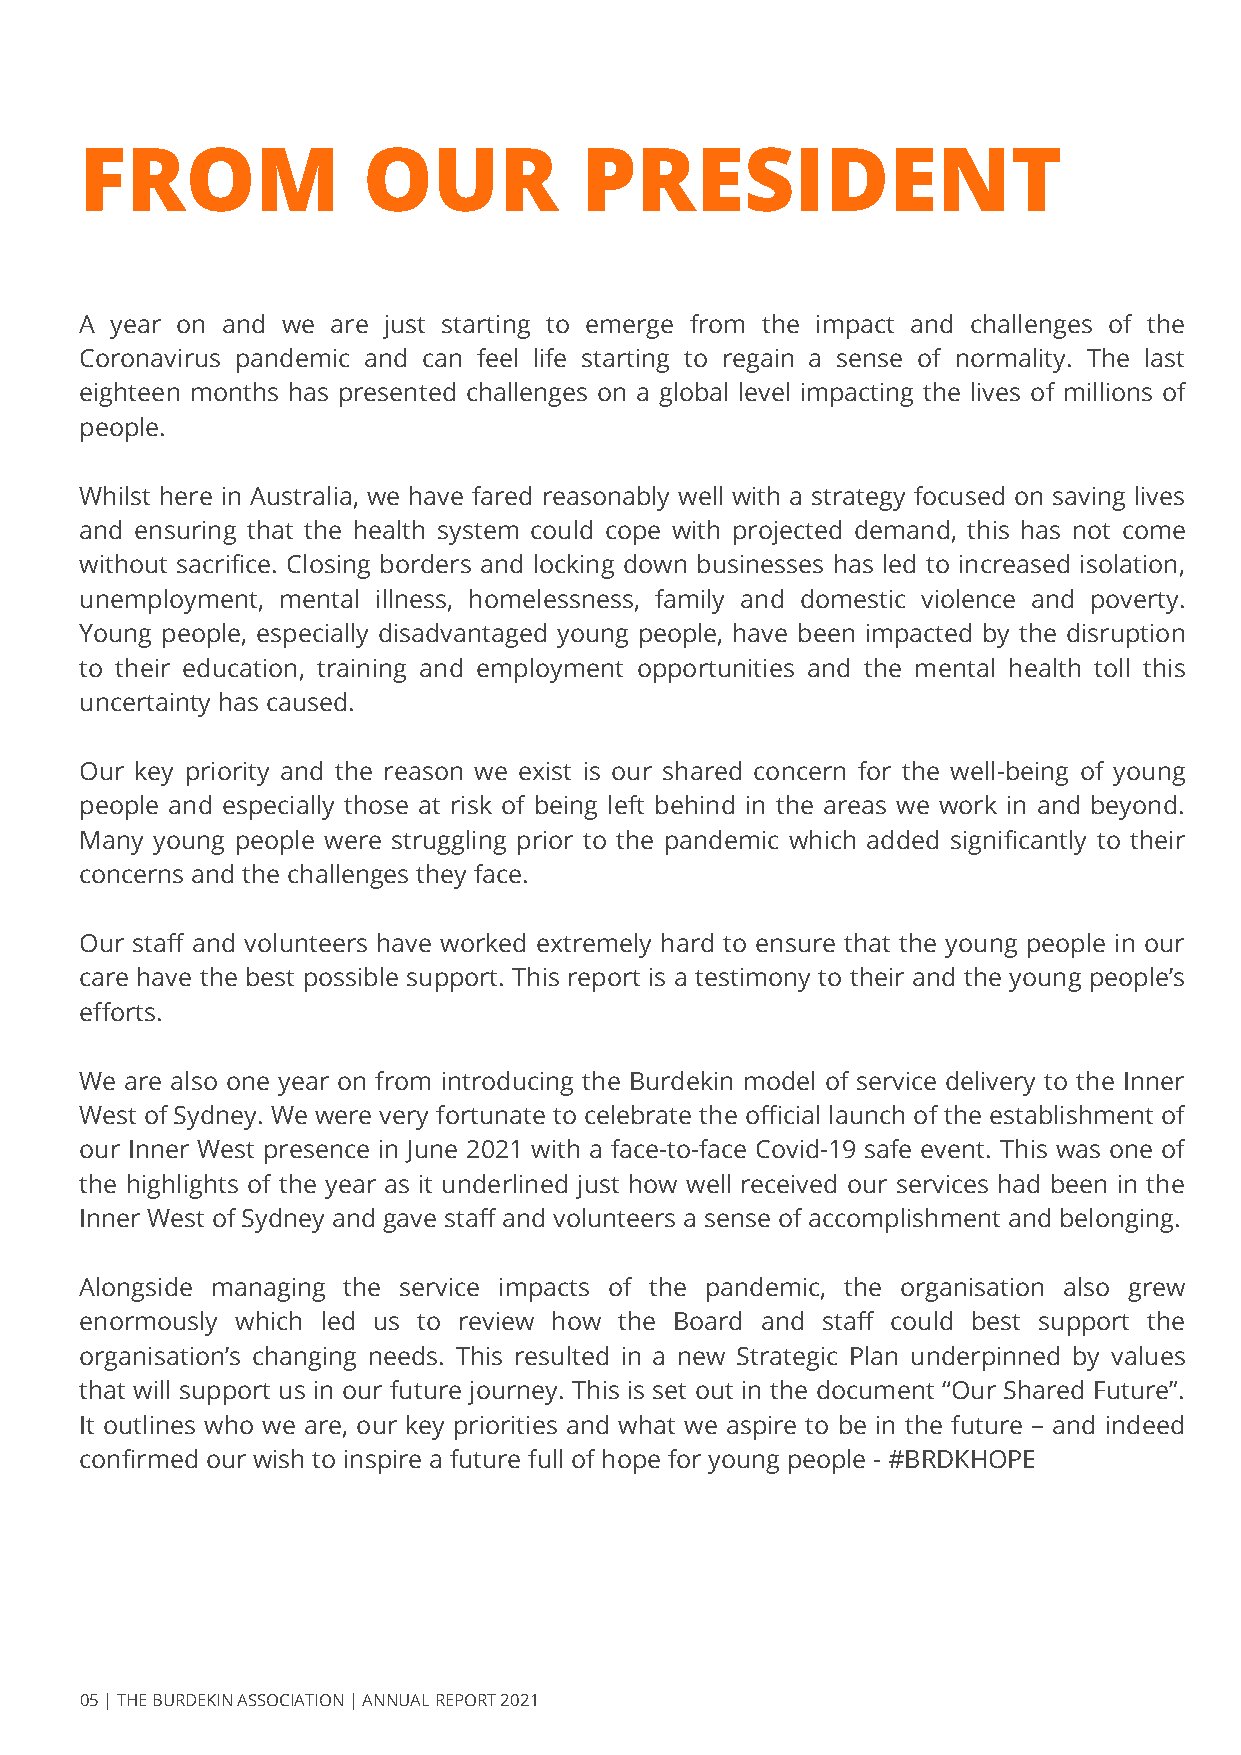
FROM               OUR           PRESIDENT
 A year on and we are just starting to emerge from the impact and challenges of the
 Coronavirus pandemic and can feel life starting to regain a sense of normality. The last
 eighteen months has presented challenges on a global level impacting the lives of millions of
 people.
 Whilst here in Australia, we have fared reasonably well with a strategy focused on saving lives
 and ensuring that the health system could cope with projected demand, this has not come
 without sacrifice. Closing borders and locking down businesses has led to increased isolation,
 unemployment, mental illness, homelessness, family and domestic violence and poverty.
 Young people, especially disadvantaged young people, have been impacted by the disruption
 to their education, training and employment opportunities and the mental health toll this
 uncertainty has caused.
 Our key priority and the reason we exist is our shared concern for the well-being of young
 people and especially those at risk of being left behind in the areas we work in and beyond.
 Many young people were struggling prior to the pandemic which added significantly to their
 concerns and the challenges they face.
 Our staff and volunteers have worked extremely hard to ensure that the young people in our
 care have the best possible support. This report is a testimony to their and the young people’s
 efforts.
 We are also one year on from introducing the Burdekin model of service delivery to the Inner
 West of Sydney. We were very fortunate to celebrate the official launch of the establishment of
 our Inner West presence in June 2021 with a face-to-face Covid-19 safe event. This was one of
 the highlights of the year as it underlined just how well received our services had been in the
 Inner West of Sydney and gave staff and volunteers a sense of accomplishment and belonging.
 Alongside managing the service impacts of the pandemic, the organisation also grew
 enormously which led us to review how the Board and staff could best support the
 organisation’s changing needs. This resulted in a new Strategic Plan underpinned by values
 that will support us in our future journey. This is set out in the document “Our Shared Future”.
 It outlines who we are, our key priorities and what we aspire to be in the future – and indeed
 confirmed our wish to inspire a future full of hope for young people - #BRDKHOPE
 05 | THE BURDEKIN ASSOCIATION | ANNUAL REPORT 2021